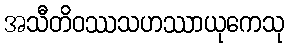
အသီတိဝဿသဟဿာယုကေသု